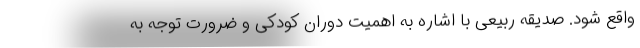
واقع شود. صدیقه ربیعی با اشاره به اهمیت دوران کودکی و ضرورت توجه به